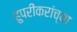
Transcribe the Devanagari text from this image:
हुपरीकरांच्या